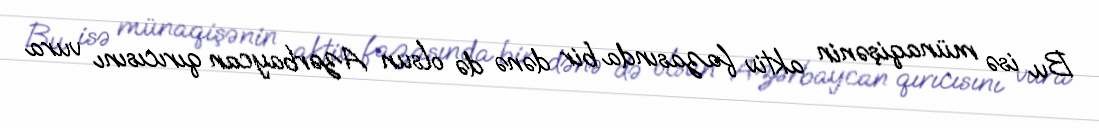
Bu isə münaqişənin aktiv fazasında bir dənə də olsun Azərbaycan qırıcısını vura